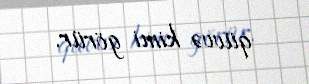
qüvvə kimi görür.